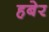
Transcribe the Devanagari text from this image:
हबेर